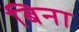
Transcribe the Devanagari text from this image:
बिना